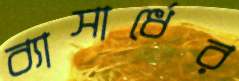
ব্যাসার্ধের